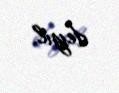
deyil.